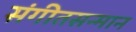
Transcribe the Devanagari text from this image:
संगीतसन्मान